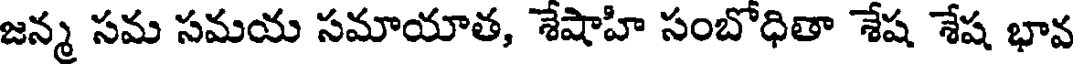
జన్మ సమ సమయ సమాయాత, శేషాహి సంబోధితా శేష శేష భావ